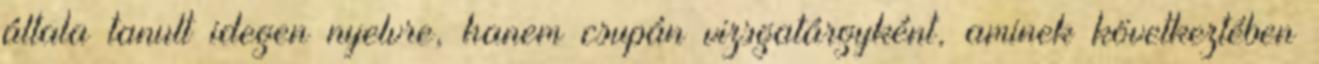
általa tanult idegen nyelvre, hanem csupán vizsgatárgyként, aminek következtében